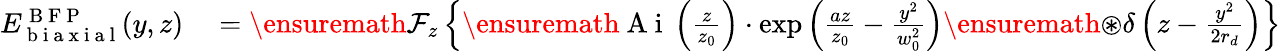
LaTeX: \begin{array}{rl}{E_{\mathrm{~b~i~a~x~i~a~l~}}^{\mathrm{~B~F~P~}}(y,z)}&{{}=\ensuremath{\mathcal{F}}_{z}\left\{ \ensuremath{\mathrm{~A~i~}}\left(\frac{z}{z_{0}}\right)\cdot\exp\left(\frac{az}{z_{0}}-\frac{y^{2}}{w_{0}^{2}}\right)\ensuremath{\circledast}\delta\left(z-\frac{y^{2}}{2r_{d}}\right)\right\} }\end{array}